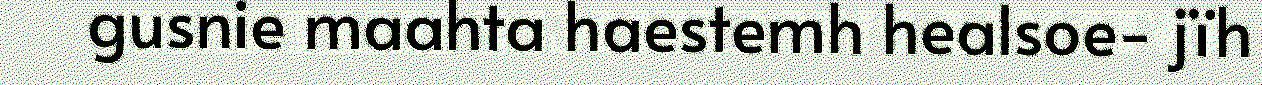
gusnie maahta haestemh healsoe- jïh